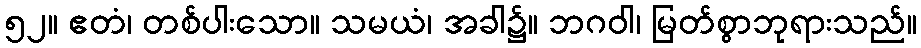
၅၂။ ဧတံ၊ တစ်ပါးသော။ သမယံ၊ အခါ၌။ ဘဂဝါ၊ မြတ်စွာဘုရားသည်။